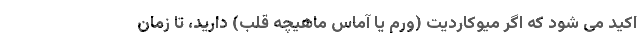
اکید می شود که اگر میوکاردیت (ورم یا آماس ماهیچه قلب) دارید، تا زمان